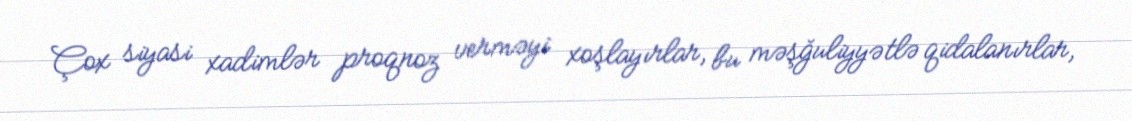
Çox siyasi xadimlər proqnoz verməyi xoşlayırlar, bu məşğuliyyətlə qidalanırlar,